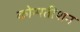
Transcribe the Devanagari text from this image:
कोम्पतीशन